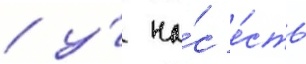
/ у́ на́с е́сть